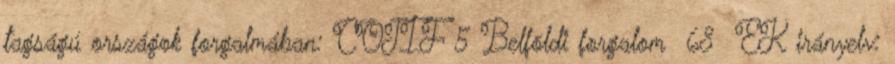
tagságú országok forgalmában: COTIF 5 Belföldi forgalom 68 EK irányelv: